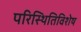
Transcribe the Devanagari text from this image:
परिस्थितिविशेष